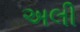
અલી